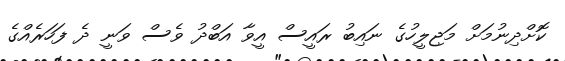
ކޮށްދިނުމަށް މަޖިލީހުގެ ނައިބު ރައީސް އީވާ އަބްދު ވެސް ވަނީ ދެ ފަހަރެއްގެ